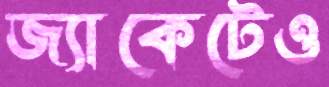
জ্যাকেটেও